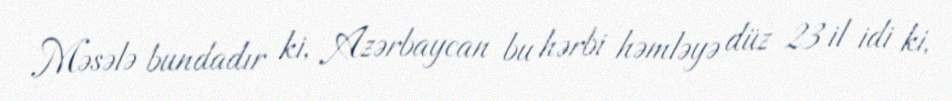
Məsələ bundadır ki, Azərbaycan bu hərbi həmləyə düz 23 il idi ki,